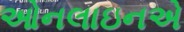
ઓનલાઇનએ